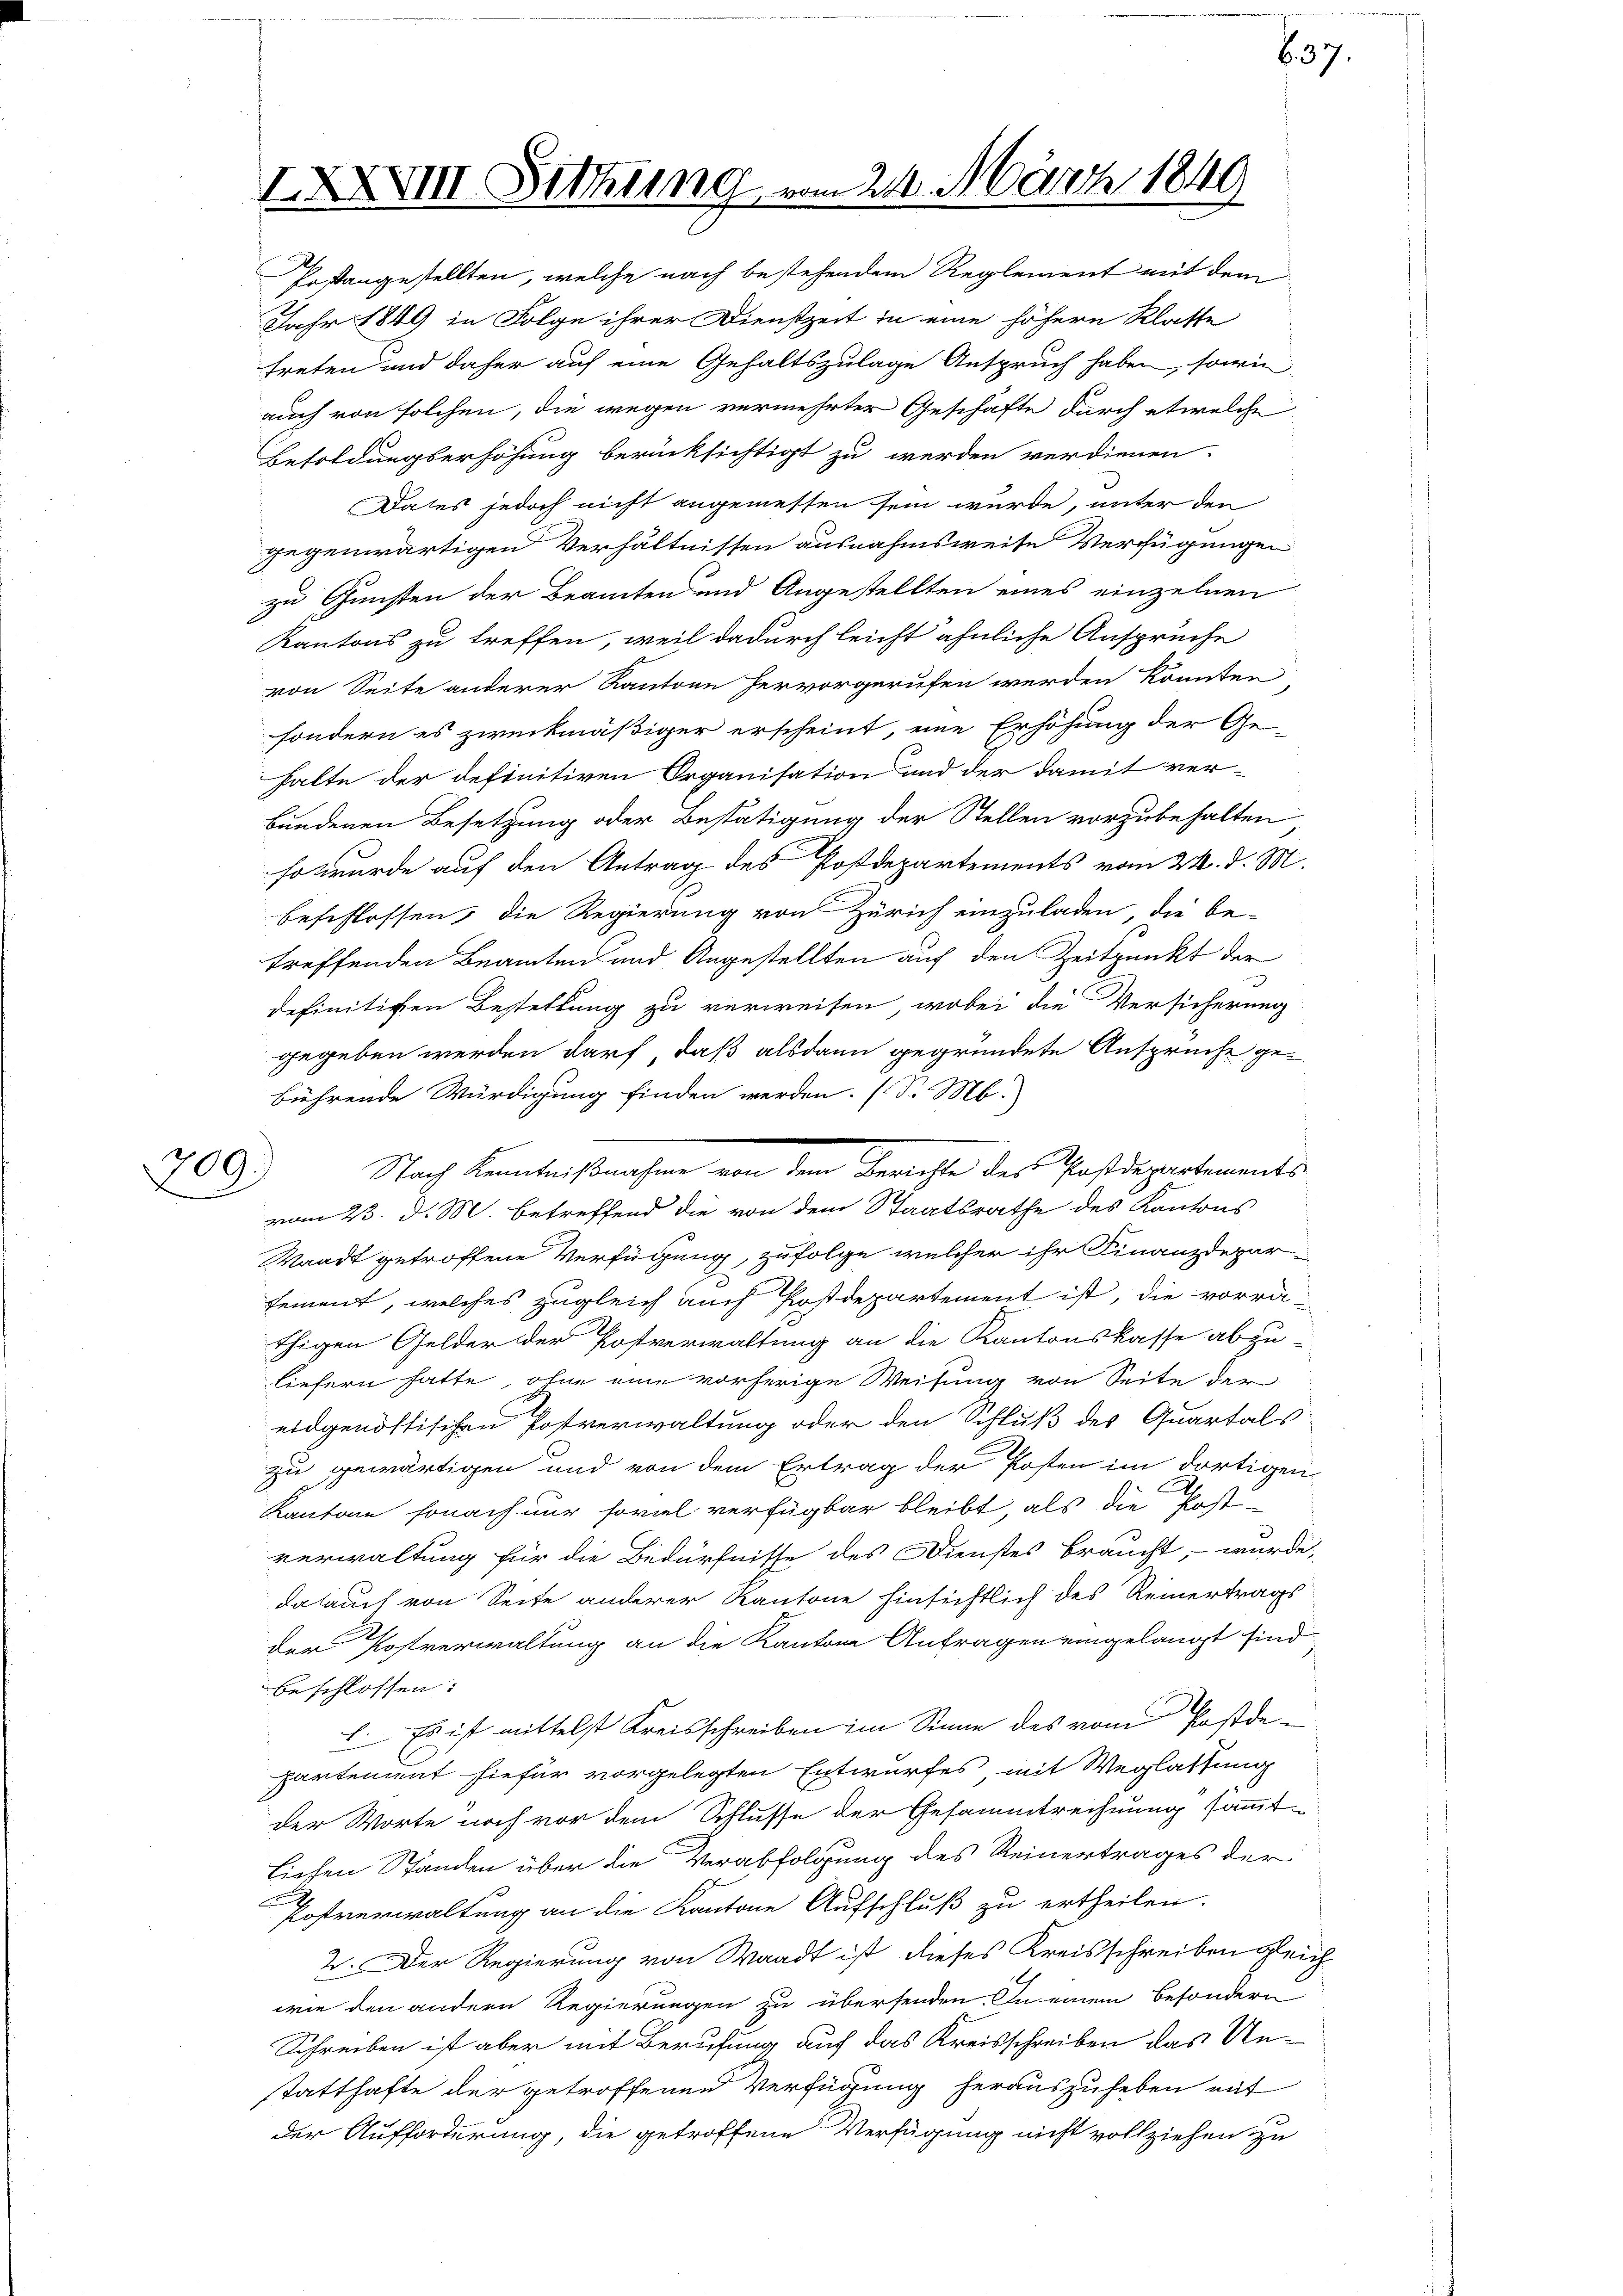
709.

XXXVIII. Sitzung vom 24. März 1849

Pestangestellten, welche nach bestehendem Reglement mit dem
Jahr 1849 in Folge ihrer Dienstzeit in eine höhern Klatte
treten und daher auf eine Gehaltszulage Anspruch haben, sowie
auch von solchen, die wegen vermehrter Geschäfte durch etwelche
Besoldungserhöhung berücksichtigt zu werden verdienen.
Dates jedoch nicht angemessen sein würde, unter den
gegenwärtigen Verhältnissen ausnahmsweise Verfügungen
zu Gunsten der Beamten und Angestellten eines einzelnen
Kantons zu treffen, weil dadurch leicht ähnliche Ansprüche
von Seite anderer Kantone hervorgerufen werden könnten
sondern es zweckmäßiger erscheint, eine Erhöhung der Ge-
halte der definitiven Organisation und der damit ver-
bundenen Besetzung oder Bestätigung der Stellen vorzubehalten
so wurde auf den Antrag des Postdepartements vom 24. d. M.
beschlossen, die Regierung von Zürich einzuladen, die be-
treffenden Beamten und Angestellten auf den Zeitpunkt der
definitiven Bestellung zu verweisen, wobei die Versicherung
gegeben werden darf, daß alsdann gegründete Anspruche ge-
bührende Würdigung finden werden. (S. M.
vom 23. d. M. betreffend die von dem Staatsrathe des Kantons
Waadt getroffene Verfügung, zufolge welcher ihr Finanzdeparsement, welches zugleich auch Postdepartement ist, die vorrathigen Gelder der Postverwaltung an die Kantonskasse abzu
liefern hatte, ohne eine vorherige Weisung von Seite der
eidgenössischen Postverwaltung oder den Schluß des Quartals
zu gewärtigen und von dem Ertrag der Posten im dortigen
.
Kantone sonach nur soviel verfügbar bleibt, als die Post-
verwaltung für die Bedürfnisse des Dienstes braucht, wurde,
dalauch von Seite anderer Kantone hinsichtlich des Reinertrags
der Postverwaltung an die Kantone Anfragen eingelangt sind
beschlossen:
1. Es ist mittelst Kreisschreiben im Sinne des vom Postdepartement hiefür vorgelegten Entwurfes mit Weglastung
der Worte noch vor dem Schlusse der Gesammtrechnung sammt-
Liehen Standen über die Verabfolgung des Reinertrages der
Postverwaltung an die Kantone Aufschluß zu ertheilen.
2. Der Regierung von Waadt ist dieses Kreisschreiben gleich
wie den andern Regierungen zu übersenden. In einem besondern
Schreiben ist aber mit Berufung auf das Kreisschreiben das Unstatthafte der getroffenen Verfügung herauszuheben mit
der Aufforderung, die getroffene Verfügung nicht vollziehen zu

Nach Kenntniß machen von dem Gerichte des Schaftspartements

b. 37.